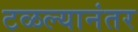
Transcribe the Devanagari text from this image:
टळल्यानंतर